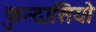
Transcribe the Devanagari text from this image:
फुन्दासियो